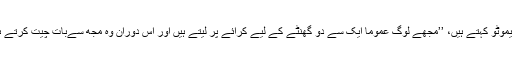
نیشیموٹو کہتے ہیں، ’’مجھے لوگ عموماً ایک سے دو گھنٹے کے لیے کرائے پر لیتے ہیں اور اس دوران وہ مجھ سےبات چیت کرتے ہیں۔